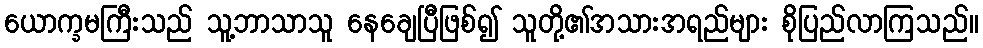
ယောက္ခမကြီးသည် သူ့ဘာသာသူ နေချေပြီဖြစ်၍ သူတို့၏အသားအရည်များ စိုပြည်လာကြသည်။